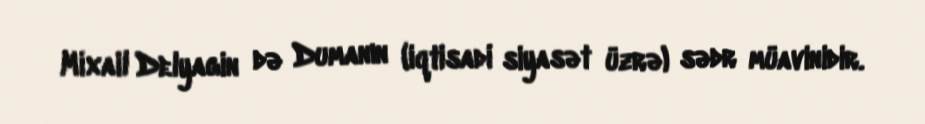
Mixail Delyagin də Dumanın (iqtisadi siyasət üzrə) sədr müavinidir.